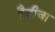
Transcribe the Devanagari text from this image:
हैतीचा